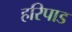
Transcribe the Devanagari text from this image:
हरिपाड